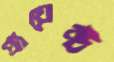
প্রায়েক্ট